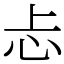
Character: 忐